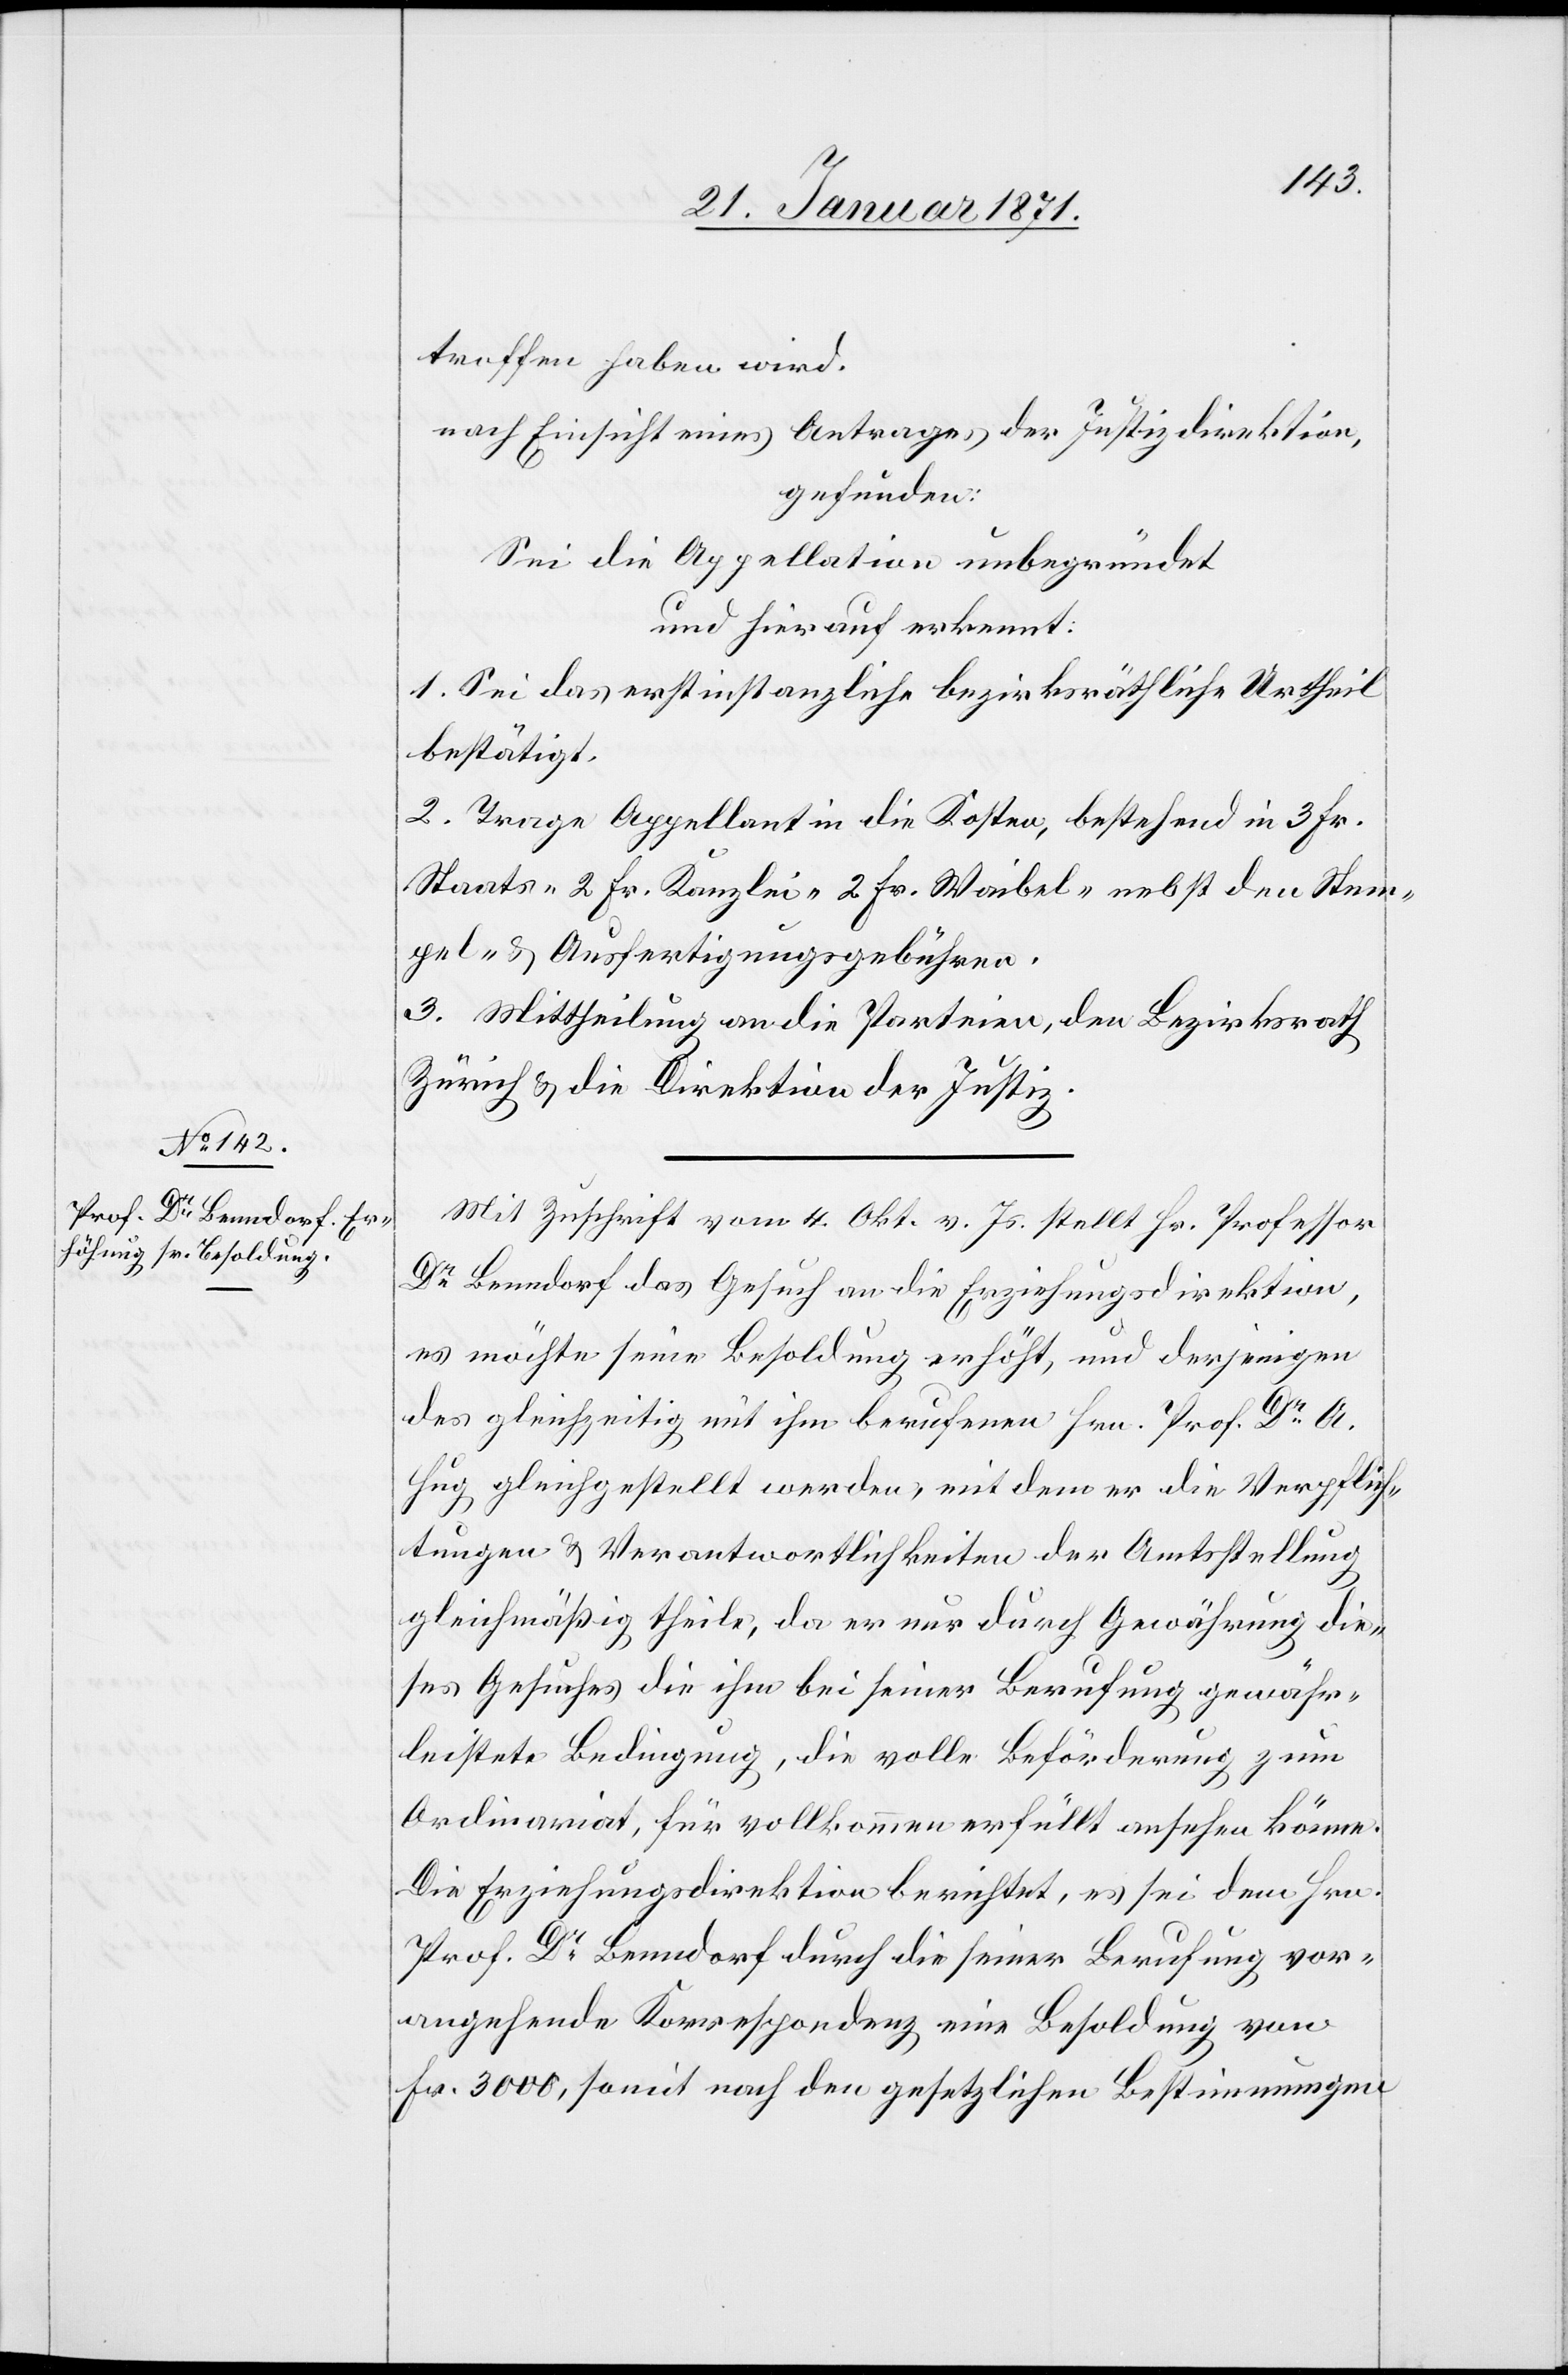
troffen haben wird.
nach Einsicht eines Antrages der Justizdirektion,
gefunden:
Sei die Appellation unbegründet
und hierauf erkennt:
1. Sei das erstinstanzliche bezirksräthliche Urtheil
bestätigt.
2. Trage Appellantin die Kosten, bestehend in 3 Fr.
Staats-[,] 2 Fr. Kanzlei-[,] 2. Fr. Waibel-[,] nebst den Stem¬
pel- u. Ausfertigungsgebühren.
3. Mittheilung an die Parteien, den Bezirksrath
Zürich u. die Direktion der Justiz.
Mit Zuschrift vom [?4.] Okt v. Js. stellt Hr. Professor
Dr. Benndorf das Gesuch an die Erziehungsdirektion,
es möchte seine Besoldung erhöht, und derjenigen
des gleichzeitig mit ihm berufenen Hrn. Prof. Dr. A.
Hug gleichgestellt werden, mit dem er die Verpflich¬
tungen u. Verantwortlichkeiten der Amtsstellung
gleichmäßig theile, da er nur durch Gewährung die¬
ses Gesuches die ihm bei seiner Berufung gewähr¬
leistete Bedingung, die volle Beförderung zum
Ordinariat, für vollkommen erfüllt ansehen könne.
Die Erziehungsdirektion berichtet, es sei dem Hrn.
Prof. Dr. Benndorf durch die seiner Berufung vor¬
angehende Korrespondenz eine Besoldung von
Fr. 3000, somit nach den gesetzlichen Bestimmungen